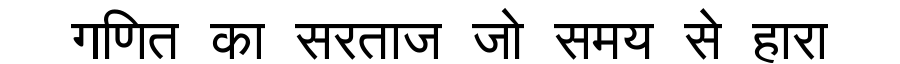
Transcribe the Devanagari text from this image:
गणित का सरताज जो समय से हारा